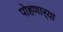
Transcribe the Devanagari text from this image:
पोहणार्‍या